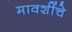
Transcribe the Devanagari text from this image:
मावशींचे